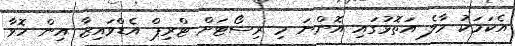
އެކަމަކު މާލެ އަތޮޅުގައި އޮންނަ މި ރިސޯޓަށް ޓްރިޕް އެޑްވައިޒާ އިން ހޮވާ